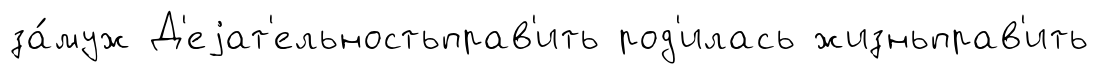
за́муж Д'еjат'ельностьправ'ить род'илась жизньправ'ить